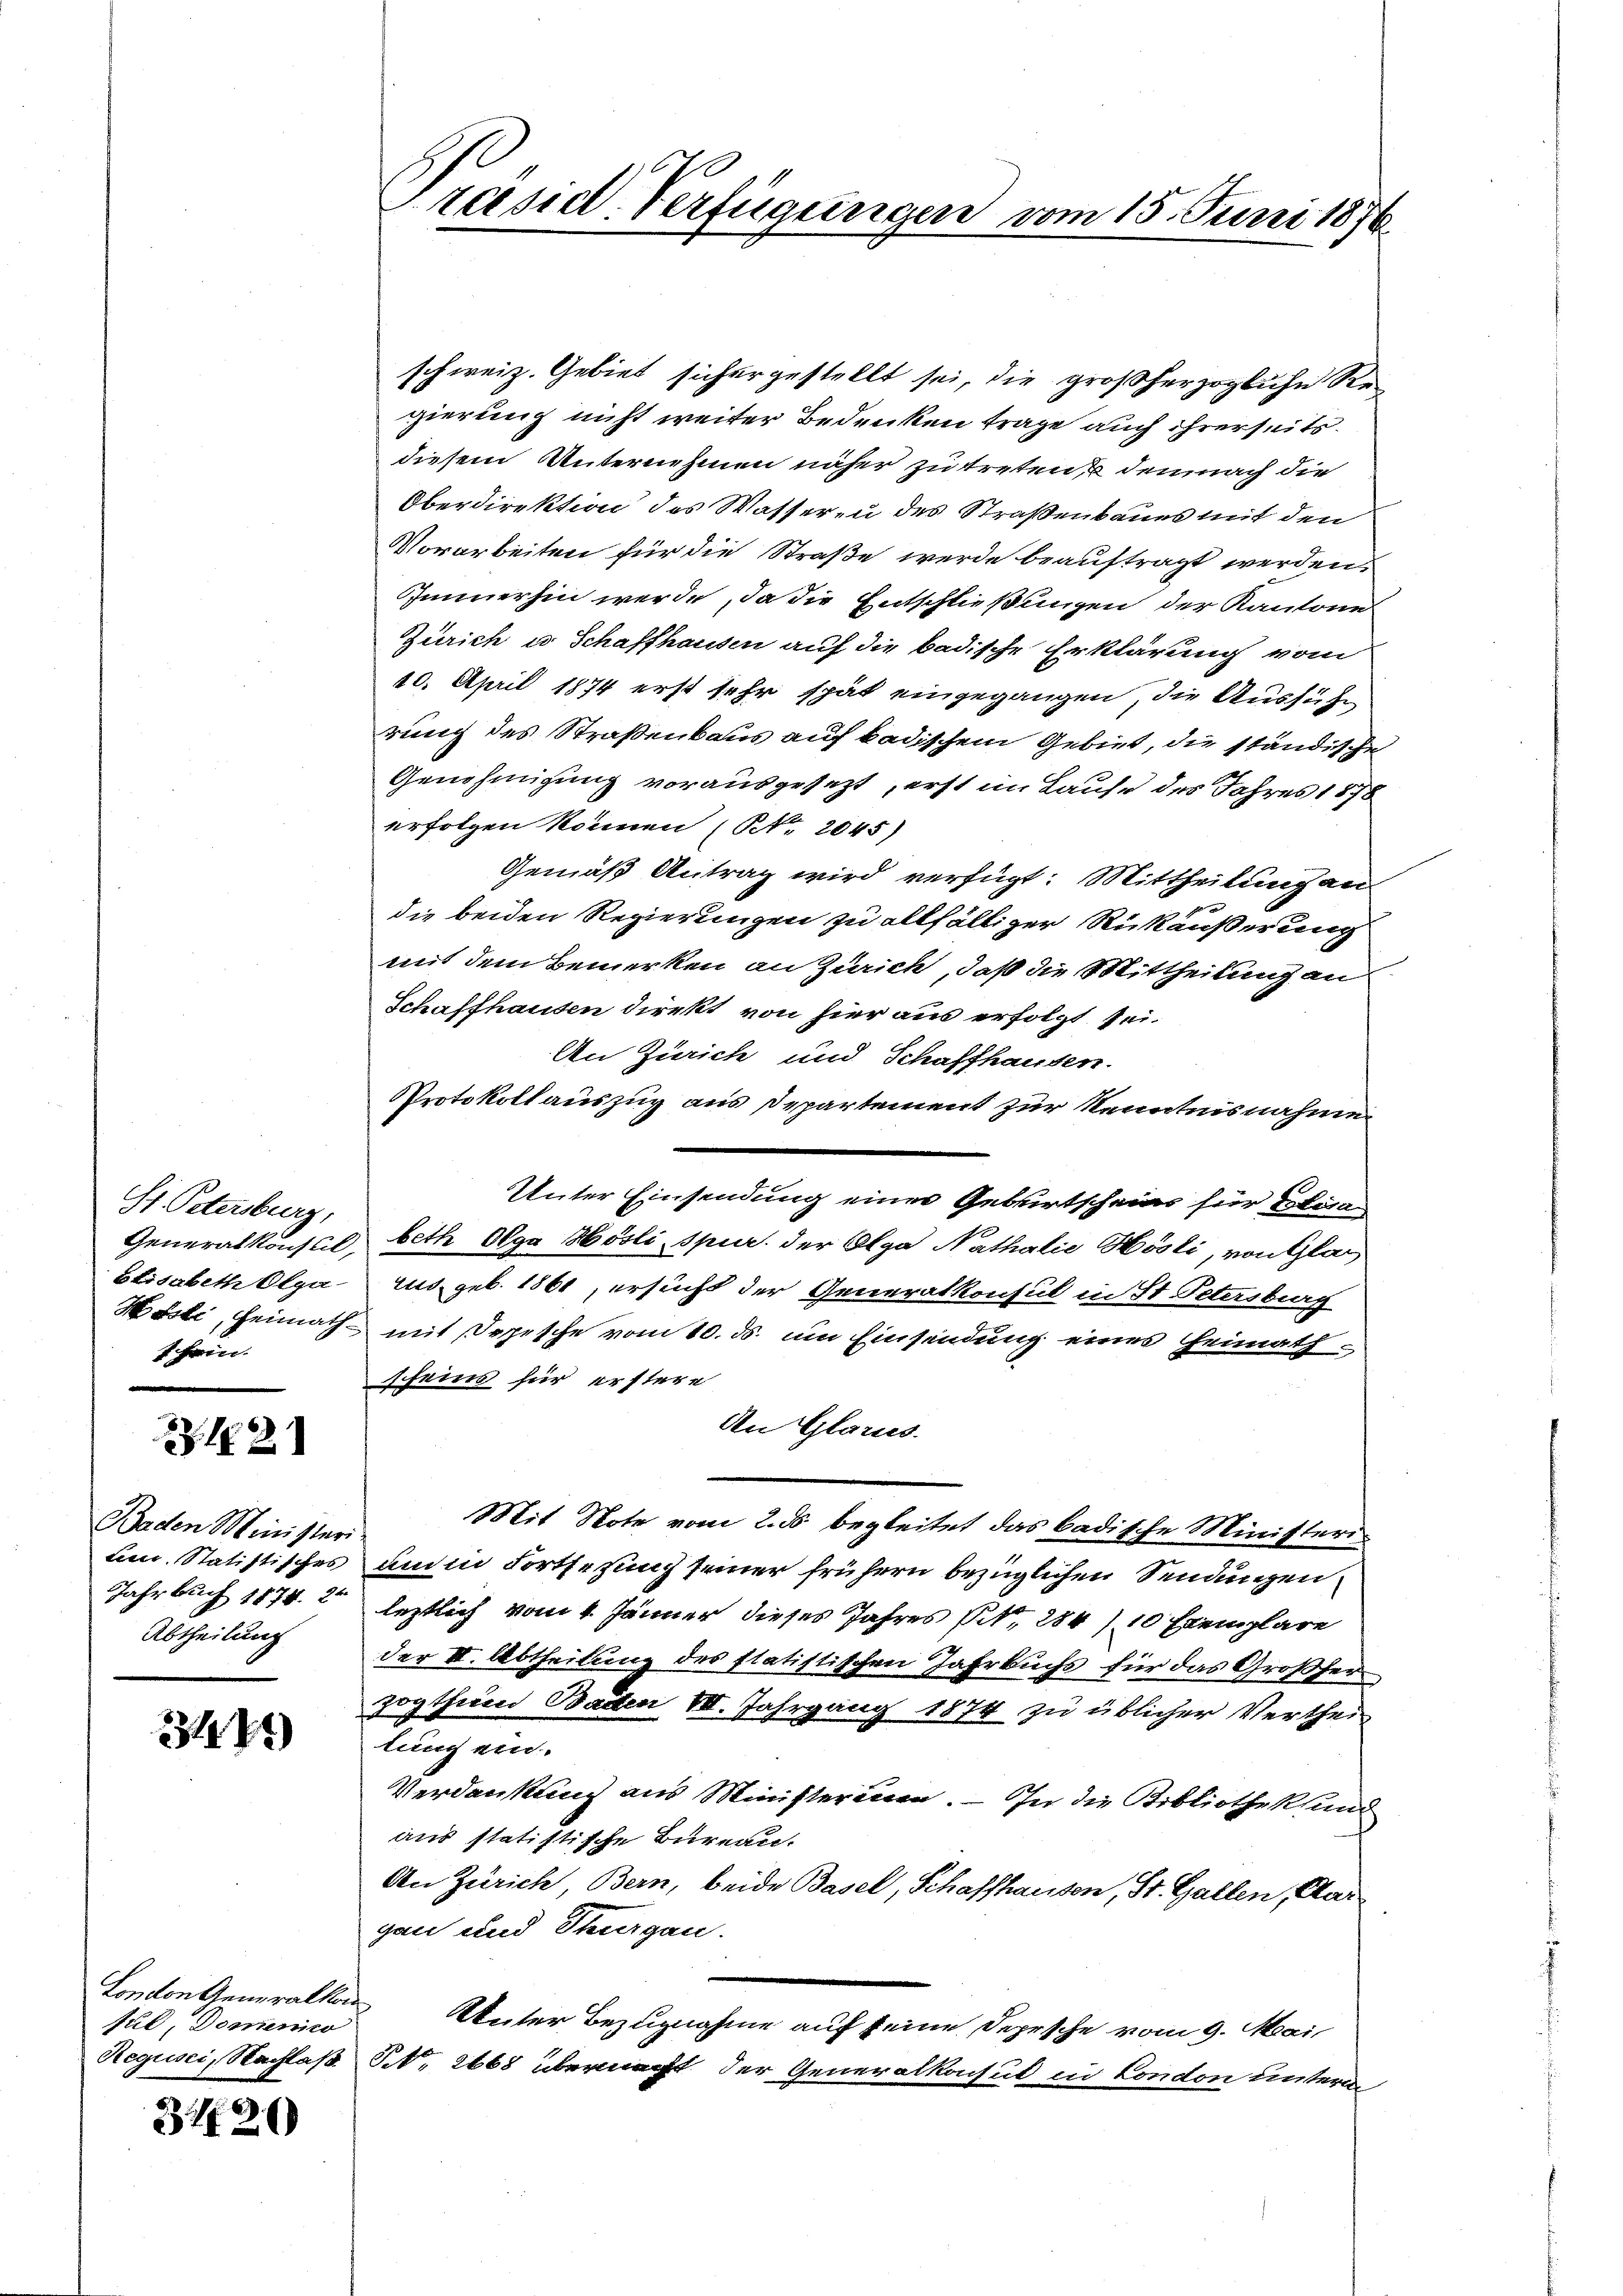
St. Petersburg,
Elisabeth Olga
f hin.

21. 2

Baden Ministeri
Lie Statistisches
Jahrbuch 1874. 24
Abtheilung

234. 41

London Generalkon
fud, Domenico
Regusci, Nachlaß

3726)

Präsid. Verfügungen vom 15. Juni 1876

schweiz. Gebiet sichergestellt sei, die großherzogliche Seegierung nicht weiter Bedenken trage auch ihrerseits.
diesem Unternehmen näher zu treten demnach die
Oberdirektion des Wasseren des Straßenbaues mit den
Vorarbeiten für die Straße werde beauftragt werden,
Immerhin werde, da die Entschließungen der Kantone
Zürich u. Schaffhausen auf die badische Erklärung vom
20. April 1874 erst sehr spät eingegangen, die Ausführ
rung des Straßenbaus auf badischem Gebiet, die ständische
Genehmigung vorausgesezt, erst im Laufe des Jahres 1878
erfolgen können (NNo. 2045)
Gemäß Antrag wird verfügt: Mittheilung an
die beiden Regierungen zu allfälliger Rückäußerung
mit dem Bemerken an Zürich, daß die Mittheilung an
Schaffhausen direkt von hier aus erfolgt sei.
An Zürich und Schaffhausen.
Protokollauszug aus Departement zur Kenntnisnahme
Unter Einsendung einer Geburtscheins für Polica
Generalkonsal, beth Olga Hösli spur. der Olga Nathalie Hösli, von Glarus
rus geb. 1861, ersucht der Generalkonsul in St. Petersburg
Hösli, Heimath mit Depesche vom 10. ds. um Einsendung eines Heimathscheins für erstere
An Glarus.
Mit Note vom 2. ds begleitet das badische Ministeriam in Fortsesung seiner frühern bezüglichen Sendungen
leztlich vom 4. Jänner dieses Jahres sit. 284), 10 Exemplare
der II. Abtheilung des statistischen Jahrbuchs für das Großher
zogthum Baden VII. Jahrgang 1874 zu üblicher Vertheil
lung ein.
Verdankung aus Ministerium. — In die Bibliothek und
aus statistische Bureau.
An Zürich, Bern, beide Basel, Schaffhausen, St. Gallen, Aar
gan und Thurgau.
Unter Bezugnahme auf seine Depesche vom 9. Mai
NNo. 2668 übermacht der Generalkonsul in London unter